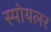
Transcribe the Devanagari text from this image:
स्पोयलर